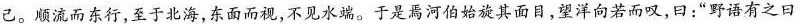
己。顺流而东行，至于北海，东面而视，不见水端。于是焉河伯始旋其面目，望洋向若而叹，曰：”野语有之曰